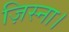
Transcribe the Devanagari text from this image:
ज़िस्ना।